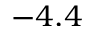
- 4 . 4